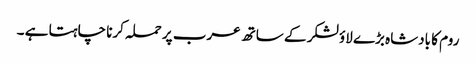
روم کا بادشاہ بڑے لاؤ لشکر کے ساتھ عرب پر حملہ کرنا چاہتا ہے ۔